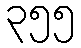
၃၅၅